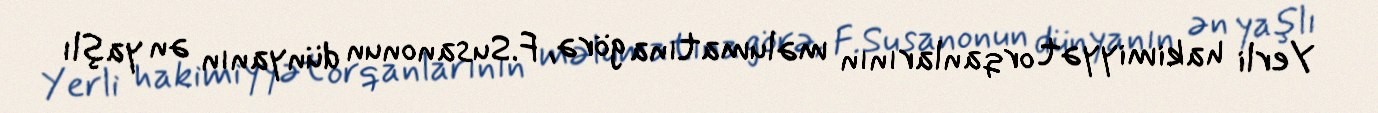
Yerli hakimiyyət orqanlarının məlumatına görə, F.Susanonun dünyanın ən yaşlı